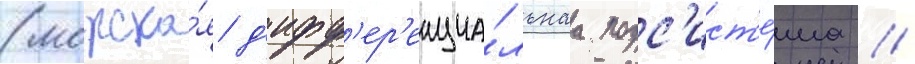
(морска́я д'ифф'ер'енциа́льнаа подс'ист'е́ма /